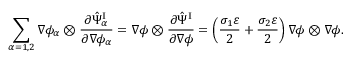
\begin{array} { r } { \displaystyle \sum _ { \alpha = 1 , 2 } \nabla \phi _ { \alpha } \otimes \frac { \partial \hat { \Psi } _ { \alpha } ^ { \mathrm { I } } } { \partial \nabla \phi _ { \alpha } } = \nabla \phi \otimes \frac { \partial \hat { \Psi } ^ { \mathrm { I } } } { \partial \nabla \phi } = \left( \frac { \sigma _ { 1 } \varepsilon } { 2 } + \frac { \sigma _ { 2 } \varepsilon } { 2 } \right) \nabla \phi \otimes \nabla \phi . } \end{array}